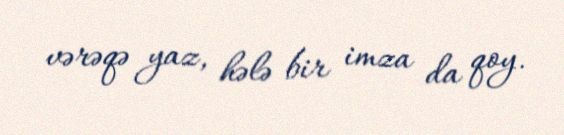
vərəqə yaz, hələ bir imza da qoy.